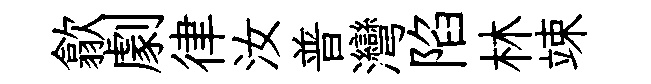
歙劇律汝普灣陷林竦